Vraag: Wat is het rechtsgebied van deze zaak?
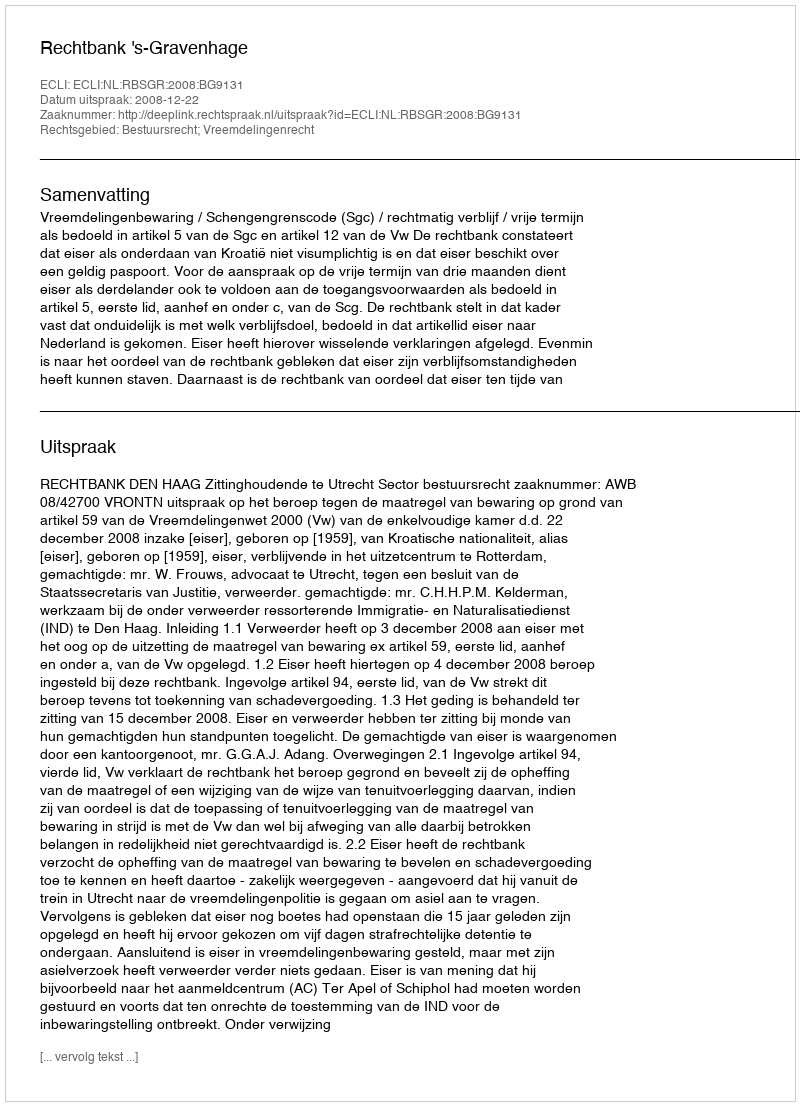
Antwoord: Bestuursrecht; Vreemdelingenrecht